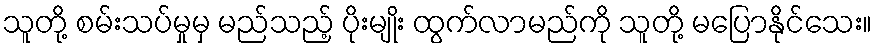
သူတို့ စမ်းသပ်မှုမှ မည်သည့် ပိုးမျိုး ထွက်လာမည်ကို သူတို့ မပြောနိုင်သေး။